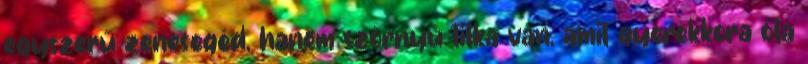
egyszerű zenesegéd, hanem szörnyű titka van, amit gyerekkora óta